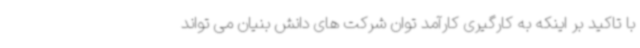
با تاکید بر اینکه به کارگیری کارآمد توان شرکت های دانش بنیان می تواند